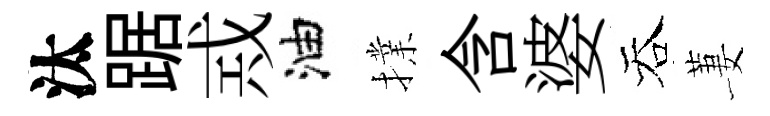
汰踞𢦶油擈含婆吞萋